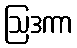
ဩဒကာ